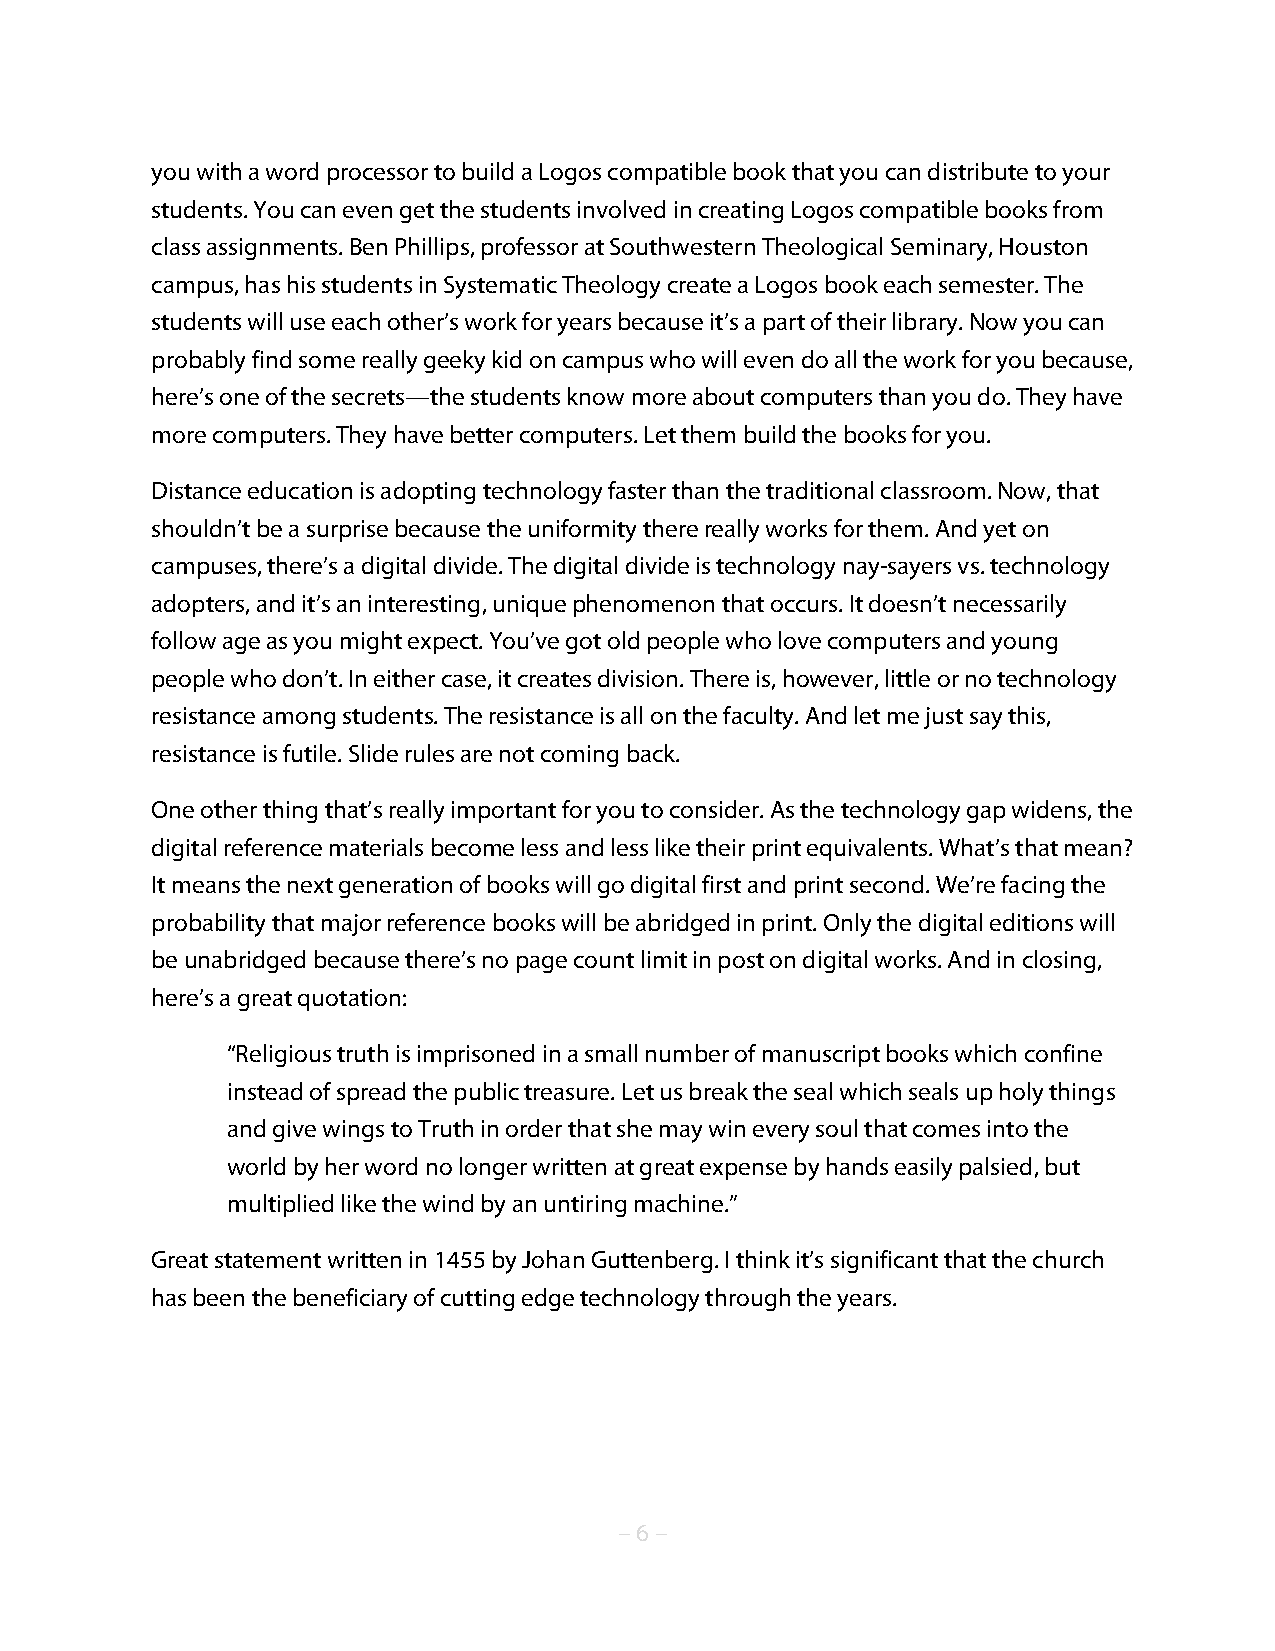
you with a word processor to build a Logos compatible book that you can distribute to your
 students. You can even get the students involved in creating Logos compatible books from
 class assignments. Ben Phillips, professor at Southwestern Theological Seminary, Houston
 campus, has his students in Systematic Theology create a Logos book each semester. The
 students will use each other’s work for years because it’s a part of their library. Now you can
 probably find some really geeky kid on campus who will even do all the work for you because,
 here’s one of the secrets—the students know more about computers than you do. They have
 more computers. They have better computers. Let them build the books for you.
 Distance education is adopting technology faster than the traditional classroom. Now, that
 shouldn’t be a surprise because the uniformity there really works for them. And yet on
 campuses, there’s a digital divide. The digital divide is technology nay-sayers vs. technology
 adopters, and it’s an interesting, unique phenomenon that occurs. It doesn’t necessarily
 follow age as you might expect. You’ve got old people who love computers and young
 people who don’t. In either case, it creates division. There is, however, little or no technology
 resistance among students. The resistance is all on the faculty. And let me just say this,
 resistance is futile. Slide rules are not coming back.
 One other thing that’s really important for you to consider. As the technology gap widens, the
 digital reference materials become less and less like their print equivalents. What’s that mean?
 It means the next generation of books will go digital first and print second. We’re facing the
 probability that major reference books will be abridged in print. Only the digital editions will
 be unabridged because there’s no page count limit in post on digital works. And in closing,
 here’s a great quotation:
 “Religious truth is imprisoned in a small number of manuscript books which confine
 instead of spread the public treasure. Let us break the seal which seals up holy things
 and give wings to Truth in order that she may win every soul that comes into the
 world by her word no longer written at great expense by hands easily palsied, but
 multiplied like the wind by an untiring machine.”
 Great statement written in 1455 by Johan Guttenberg. I think it’s significant that the church
 has been the beneficiary of cutting edge technology through the years.
 – 6 –